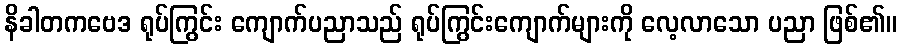
နိခါတကဗေဒ ရုပ်ကြွင်း ကျောက်ပညာသည် ရုပ်ကြွင်းကျောက်များကို လေ့လာသော ပညာ ဖြစ်၏။